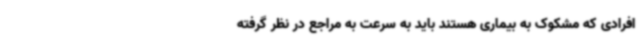
افرادی که مشکوک به بیماری هستند باید به سرعت به مراجع در نظر گرفته